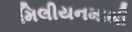
મિલીયનમાથી